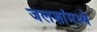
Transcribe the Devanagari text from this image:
जलशांमध्ये